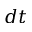
d t